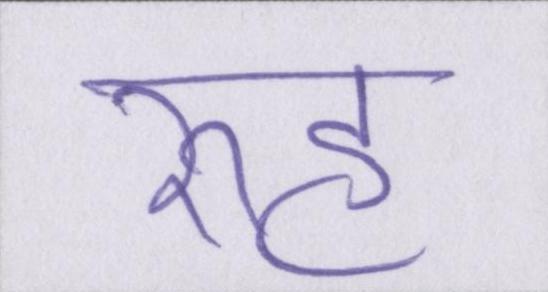
रूह